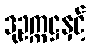
ဒုဥက္ကဋ္ဌနှင့်